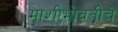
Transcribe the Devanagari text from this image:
माशीभोवतीचे